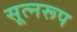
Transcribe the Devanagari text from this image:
सूत्नरूप